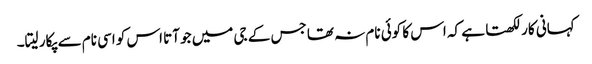
کہانی کار لکھتا ہے کہ اس کا کوئی نام نہ تھا جس کے جی میں جو آتا اس کو اسی نام سے پکار لیتا۔